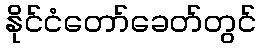
နိုင်ငံတော်ခေတ်တွင်